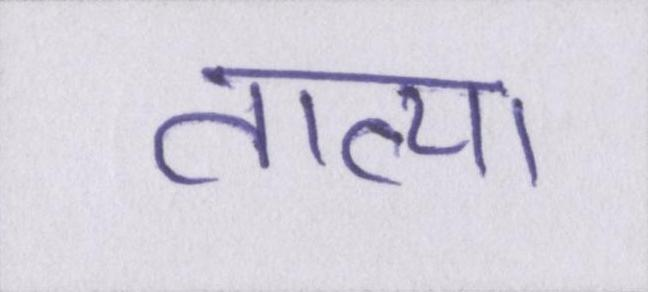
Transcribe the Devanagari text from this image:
तात्या